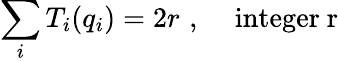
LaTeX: \sum_{i}T_{i}(q_{i})=2r\, \, ,\, \, \, \, \, \, \, \mathrm{integer~r}